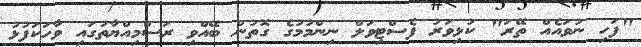
"ފަހި ނުވައެއް ތޭރަ" ކުޅިވަރު ފެސްޓިވަލް ނިންމުމުގެ ގޮތުން ބޭއްވި ރަސްމިއްޔާތުގައި ވާހަކަފުޅު